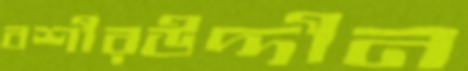
বশীরউদ্দীন